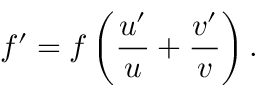
f ^ { \prime } = f \left( { \frac { u ^ { \prime } } { u } } + { \frac { v ^ { \prime } } { v } } \right) .